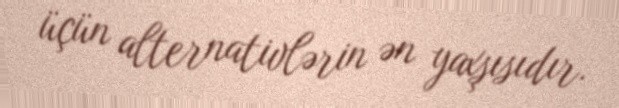
üçün alternativlərin ən yaxşısıdır.